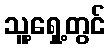
သူ့ရှေ့တွင်